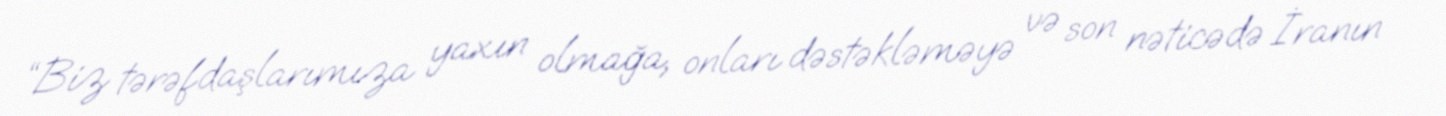
“Biz tərəfdaşlarımıza yaxın olmağa, onları dəstəkləməyə və son nəticədə İranın